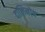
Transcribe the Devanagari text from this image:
दालिनोव